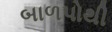
બાળપોથી